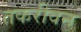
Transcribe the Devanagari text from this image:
तकरीवन